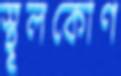
স্থূলকোণ